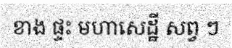
ខាង ផ្ទះ មហាសេដ្ឋី សព្វ ៗ